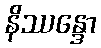
နိဿန္ဒော